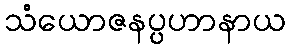
သံယောဇနပ္ပဟာနာယ